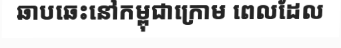
ឆាបឆេះនៅកម្ពុជាក្រោម ពេលដែល